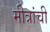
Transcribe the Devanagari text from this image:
मीत्रांची